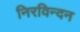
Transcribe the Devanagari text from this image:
निरविन्दन